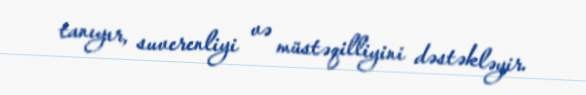
tanıyır, suverenliyi və müstəqilliyini dəstəkləyir.